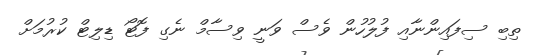
ތިބި ސިފައިންނާއި ފުލުހުން ވެސް ވަނީ ވިސާމް ނެގި ފޮޓޯ ޑިލިޓް ކުރުމަށް